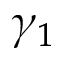
\gamma _ { 1 }